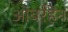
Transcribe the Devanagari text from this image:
ओबर्रहेन